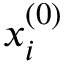
x _ { i } ^ { ( 0 ) }